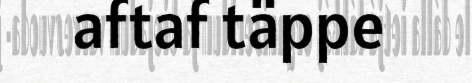
aftaf täppe